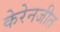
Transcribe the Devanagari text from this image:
केरेनजीत